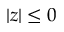
| z | \leq 0